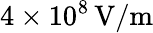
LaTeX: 4\times 10^{8}\, \mathrm{V/m}